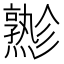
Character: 𱬪